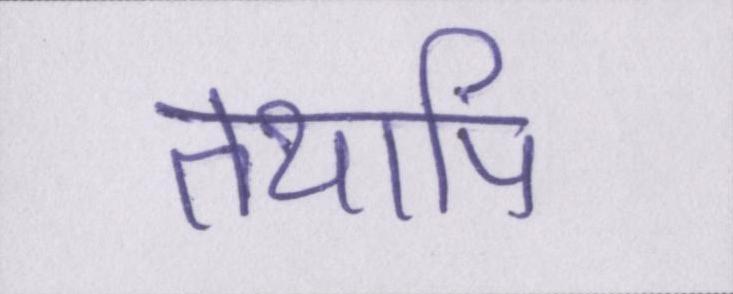
तथापि